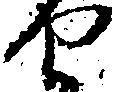
せ